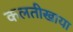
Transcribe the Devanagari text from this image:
कलतीखाया